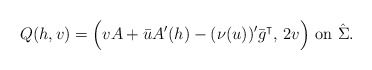
\begin{align*}Q(h, v) = \Big( v A + \bar u A' (h) - (\nu(u))' \bar g^\intercal, \, 2v\Big)\mbox{ on } \hat \Sigma. \end{align*}